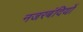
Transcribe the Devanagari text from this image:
नजरबंदियों